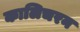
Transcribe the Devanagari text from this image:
कालिचरन